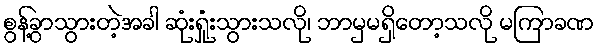
စွန့်ခွာသွားတဲ့အခါ ဆုံးရှုံးသွားသလို၊ ဘာမှမရှိတော့သလို မကြာခဏ